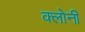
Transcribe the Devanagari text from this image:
क्लोनी